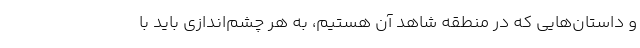
و داستان‌هایی که در منطقه شاهد آن هستیم، به هر چشم‌اندازی باید با